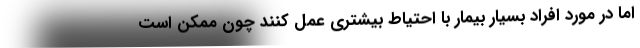
اما در مورد افراد بسیار بیمار با احتیاط بیشتری عمل کنند چون ممکن است